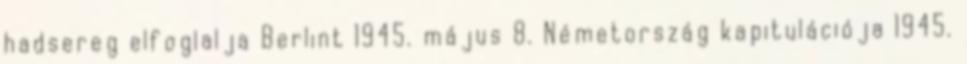
hadsereg elfoglalja Berlint 1945. május 8. Németország kapitulációja 1945.